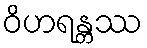
ဝိဟရန္တဿ